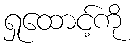
ရှုထောင့်ကို